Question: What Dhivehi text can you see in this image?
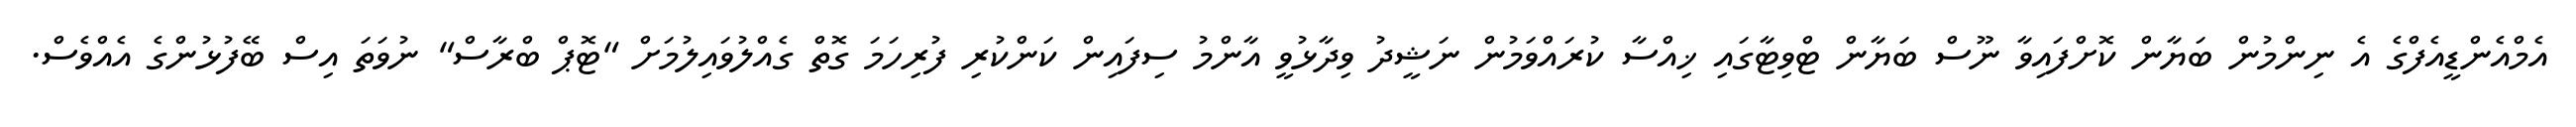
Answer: އެމްއެންޑީއެފްގެ އެ ނިންމުން ބަޔާން ކޮށްފައިވާ ނޫސް ބަޔާން ޓްވިޓާގައި ޚިއްސާ ކުރައްވަމުން ނަޝީދު ވިދާޅުވީ އާންމު ސިފައިން ކަންކުރި ފުރިހަމަ ގޮތް ގެއްލުވައިލުމަށް "ޓޮޕް ބްރާސް" ނުވަތަ އިސް ބޭފުޅުންގެ އެއްވެސް.